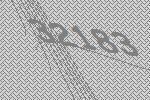
32183